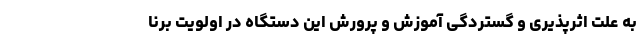
به علت اثرپذیری و گستردگی آموزش و پرورش این دستگاه در اولویت برنا